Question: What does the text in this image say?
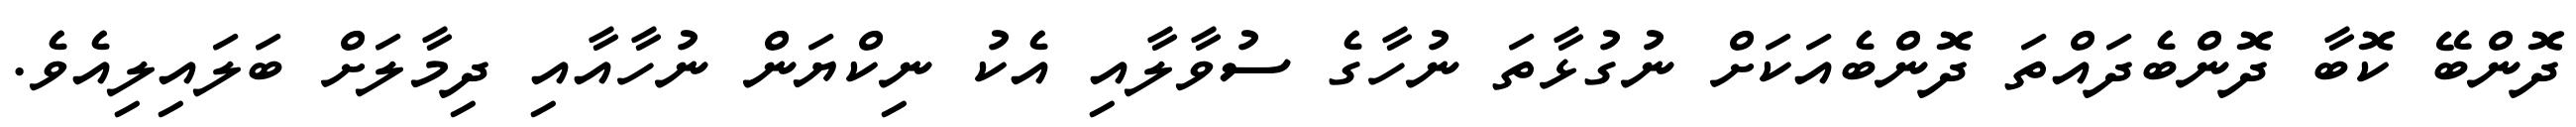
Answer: ދޮންބޭ ކޮބާ ދޮންބެދައްތަ ދޮންބެއަކަށް ނުގުޅާތަ ނުހާގެ ސުވާލާއި އެކު ނިކްޔަން ނުހާއާއި ދިމާލަށް ބަލައިލިއެވެ.